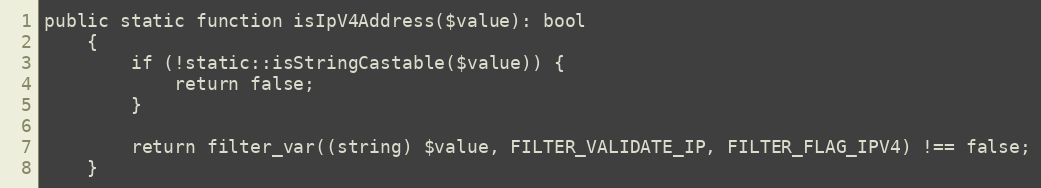
Language: PHP
public static function isIpV4Address($value): bool
    {
        if (!static::isStringCastable($value)) {
            return false;
        }

        return filter_var((string) $value, FILTER_VALIDATE_IP, FILTER_FLAG_IPV4) !== false;
    }